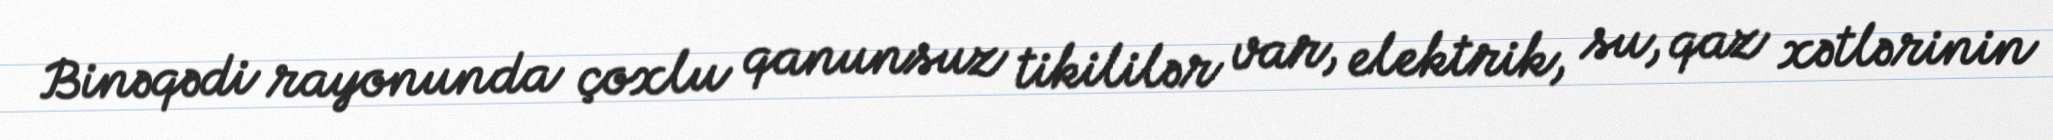
Binəqədi rayonunda çoxlu qanunsuz tikililər var, elektrik, su, qaz xətlərinin